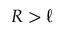
R > \ell